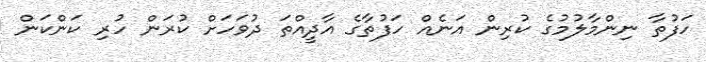
ހަފުތާ ނިންމާލުމުގެ ކުރިން އަނެއް ހަފުތާގެ އާދީއްތަ ދުވަހަށް ކުރަން ހުރި ކަންކަން